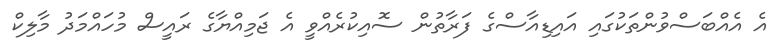
އެ އެއްބަސްވުންތަކުގައި އައިޑިއާސްގެ ފަރާތުން ސޮއިކުރެއްވީ އެ ޖަމިއްޔާގެ ރައީސް މުހައްމަދު މާލިކް